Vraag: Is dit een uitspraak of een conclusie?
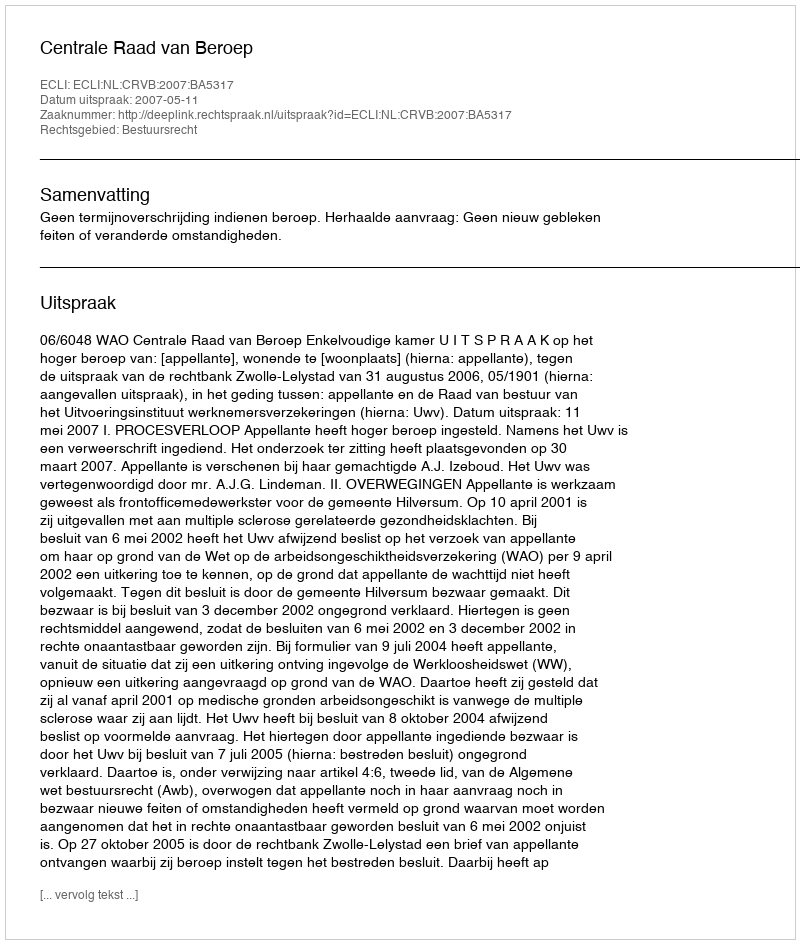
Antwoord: Uitspraak